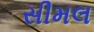
સીમલ